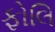
ફોલિ